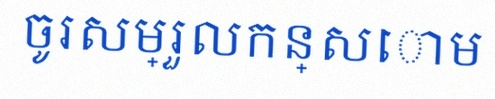
ចូរសម្រួលកន្សោម